Veterinary [1904] -
Year: 1904
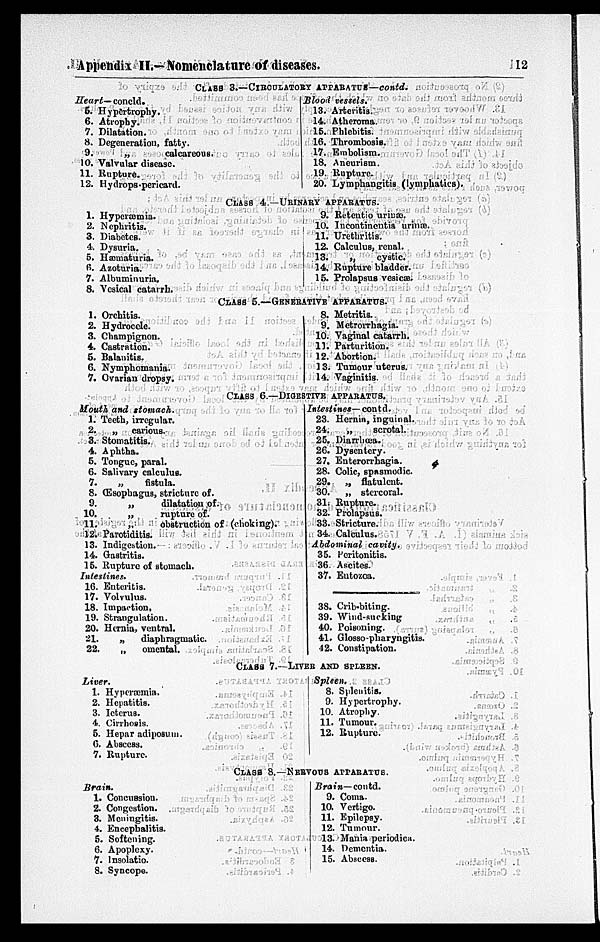
Appendix II.—Nomenclature of diseases.
12
CLASS 3.—CIRCULATORY APPARATUS—contd.
Heart—coneld.
5.
6.
7.
8.
9.
10.
11.
12.
Hypertrophy.
Atrophy.
Dilatation.
Degeneration, fatty.
„
calcareous.
Valvular disease.
Rupture.
Hydrops-pericard.
Blood
vessels.
13.
14.
16.
16.
17.
18.
19.
20.
Arteritis.
Atheroma.
Phlebitis.
Thrombosis.
Embolism.
Aneurism.
upture.
Lymphangitis (lymphatics).
CLASS 4. URINARY APPARATUS.
1.
2.
3.
4.
5.
6.
7.
8.
Hyperæmia.
Nephritis.
Diabetes.
Dysuria.
Hæmaturia.
Azoturia.
Albuminuria.
Vesical catarrh.
9.
10.
11.
12.
13.
14.
15.
Retentio urinæ.
Incontinentia urinæ.
Urethritis.
Calculus, renal.
„
cystic.
Rupture bladder.
Prolapsus vesicae.
CLASS 5.—GENERATIVE APPABATTTS.
1.
2.
3.
4.
5.
6.
7.
Orchitis.
Hydrocele.
Champignon.
Castration.
Balanitis.
Nymphomania.
Ovarian dropsy.
8.
9.
10.
11.
12.
13.
14.
Metritis.
Metrorrhagia.
Vaginal catarrh.
Parturition.
Abortion.
Tumour uterus.
Vaginitis.
CLASS 6.—DIGESTIVE APPARATUS.
Mouth and
stomach.
1.
2.
3.
4.
5.
6.
7.
8.
9.
10.
11.
12.
13.
14.
15.
Teeth, irregular.
„
carious.
Stomatitis.
Aphtha.
Tongue, paral.
Salivary calculus.
„
fistula.
(Esophagus, stricture of.
„
dilatation of.
„
rupture of.
„
obstruction of (choking).
Parotiditis.
Indigestion.
Gastritis.
Rupture of stomach.
Intestines.
16.
17.
18.
19.
20.
21.
22.
Enteritis.
Volvulus.
Impaction.
Strangulation.
Hernia, ventral.
„
diaphragmatic.
„
omental.
Intestines—contd.
23.
24.
25.
26.
27.
28.
29.
30.
31.
32.
33.
34.
Hernia, inguinal.
„
scrotal.
Diarrhœa.
Dysentery.
Enterorrhagia.
Colic, spasmodic.
„
flatulent.
„ stercoral.
Rupture.
Prolapsus.
Stricture.
Calculus.
Abdominal
cavity.
35.
36.
37.
38.
39.
40.
41.
42.
Peritonitis.
Ascites.
Entozoa.
Crib-biting.
Wind-sucking
Poisoning.
Glosso-pharyngitis.
Constipation.
CLASS 7.—LIVER AND SPLEEN.
Liver.
1.
2.
3.
4.
5.
6.
7.
Hyperæmia.
Hepatitis.
Ieterus.
Cirrhosis.
Hepar adiposum.
Abscess.
Rupture.
Spleen.
8.
9.
10.
11.
12.
Splenitis.
Hypertrophy.
Atrophy.
Tumour.
Rupture.
CLASS 8.—NERVOUS APPARATUS.
Brain.
1.
2.
3.
4.
5.
6.
7.
8.
Concussion.
Congestion.
Meningitis.
Encephalitis.
Softening.
Apoplexy.
Insolatio.
Syncope.
Brain—contd.
9.
10.
11.
12.
13.
14.
15.
Coma.
Vertigo.
Epilepsy.
Tumour.
Mania periodica.
Dementia.
Abscess.